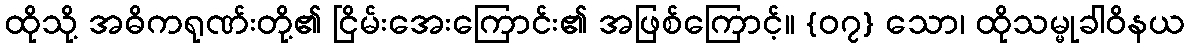
ထိုသို့ အဓိကရုဏ်းတို့၏ ငြိမ်းအေးကြောင်း၏ အဖြစ်ကြောင့်။ {၀၇} သော၊ ထိုသမ္မုခါဝိနယ